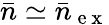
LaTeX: \bar{n}\simeq\bar{n}_{\mathrm{~e~x~}}